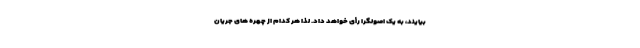
بیایند، به یک اصولگرا رأی خواهد داد. لذا هر کدام از چهره های جریان